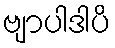
ဗျာပါဒါပိ